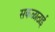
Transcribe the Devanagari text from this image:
सकळाठाई